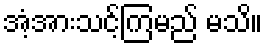
အံ့အားသင့်ကြမည် မသိ။